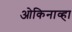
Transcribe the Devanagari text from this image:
ओकिनाव्हा